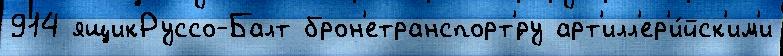
914 ящикРуссо-Балт брон'етранспорт'́ру арт'илл'ер'и́йск'им'и